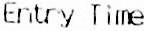
ENTRY TIME